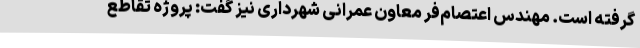
گرفته است. مهندس اعتصام‌فر معاون عمرانی شهرداری نیز گفت: پروژه تقاطع